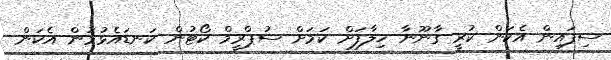
ސިފައިން އެކަން ކުރީ ގާނޫނާ ޚިލާފަށް ކަމަށް ސުޕްރީމް ކޯޓުން ކަނޑައެޅުމުން އެކަން